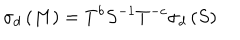
\sigma _ { d } \left( M \right) = T ^ { b } S ^ { - 1 } T ^ { - c } \sigma _ { d } \left( S \right)